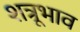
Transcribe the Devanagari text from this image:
शत्रूभाव